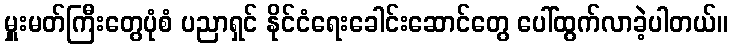
မှူးမတ်ကြီးတွေပုံစံ ပညာရှင် နိုင်ငံရေးခေါင်းဆောင်တွေ ပေါ်ထွက်လာခဲ့ပါတယ်။